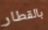
بالقطار